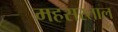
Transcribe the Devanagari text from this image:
महसरताल